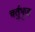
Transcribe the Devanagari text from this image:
चर्तुभुज